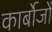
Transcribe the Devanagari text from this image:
कार्बोजों